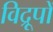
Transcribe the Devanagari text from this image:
विद्रूपों